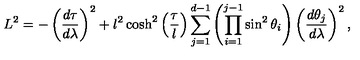
L ^ { 2 } = - \left( \frac { d \tau } { d \lambda } \right) ^ { 2 } + l ^ { 2 } \cosh ^ { 2 } \left( \frac { \tau } { l } \right) \sum _ { j = 1 } ^ { d - 1 } \left( \prod _ { i = 1 } ^ { j - 1 } \sin ^ { 2 } \theta _ { i } \right) \left( \frac { d \theta _ { j } } { d \lambda } \right) ^ { 2 } ,